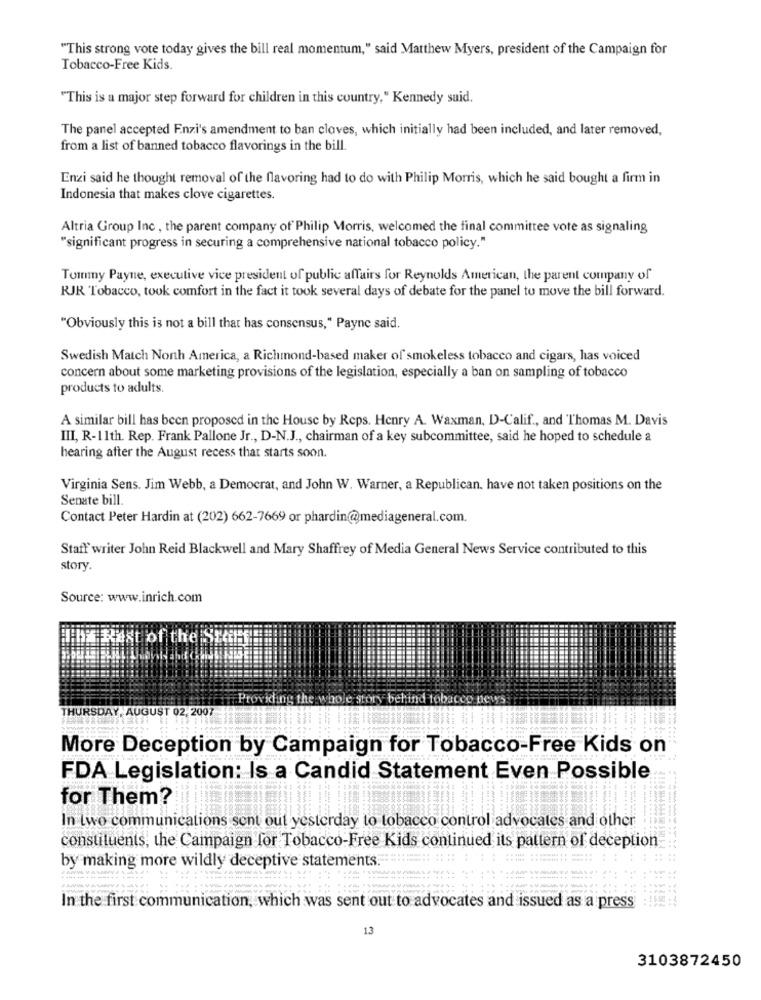
"This strong vote today gives the bill real momentum," said Matthew Myers, president of the Campaign for
Tobacco-Free Kids.
"This is a major step forward for children in this country." Kennedy suid.
The panel accepted Enzi's amendment to ban cloves, which initially had been included, and later removed,
from a list of banned tobacco flavorings in the bill.
Enzi said he thought removal of the flavoring had to do with Philip Morris, which he said bought a firm in
Indonesia that makes clove cigarettes.
Altria Group Inc , the parent company of Philip Morris, welcomed the final committee vote as signaling
"significant progress in securing a comprehensive national tobacco policy."
Tommy Payne, executive vice president of public affairs for Reynolds American, the parent company of
RJR Tobacco, took comfort in the fact it took several days of debate for the panel to move the bill forward.
"Obviously this is not a bill that has consensus," Payne said.
Swedish Match North America, a Richmond-based maker of smokeless tobacco and cigars, has voiced
concern about some marketing provisions of the legislation, especially a ban on sampling of tobacco
products to adults.
A similar bill has been proposed in the House by Reps. Henry A. Waxman, D-Calif ., and Thomas M. Davis
III, R-11th. Rep. Frank Pallone Jr ., D-N.J ., chairman of a key subcommittee, said he hoped to schedule a
hearing after the August recess that starts soon.
Virginia Sens. Jim Webb, a Democrat, and John W. Warner, a Republican. have not taken positions on the
Senate bill.
Contact Peter Hardin at (202) 662-7669 or phardin@mediageneral.com.
Staff writer John Reid Blackwell and Mary Shaffrey of Media General News Service contributed to this
story.
Source: www.inrich.com
Rest of t
Providing the whole story behind tobacco news
THURSDAY, AUGUST 02, 2007
More Deception by Campaign for Tobacco-Free Kids on
FDA Legislation: Is a Candid Statement Even Possible
for Them?
In two communications sent out yesterday to tobacco control advocates and other
constituents, the Campaign for Tobacco-Free Kids continued its pattern of deception
by making more wildly deceptive statements.
In the first communication, which was sent out to advocates and issued as a press
13
3103872450